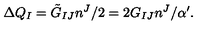
\Delta Q _ { I } = \tilde { G } _ { I J } n ^ { J } / 2 = 2 G _ { I J } n ^ { J } / \alpha ^ { \prime } .